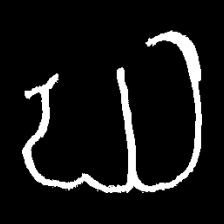
Pyu character \u2014 Myanmar letter: ဃ (romanized: gha)